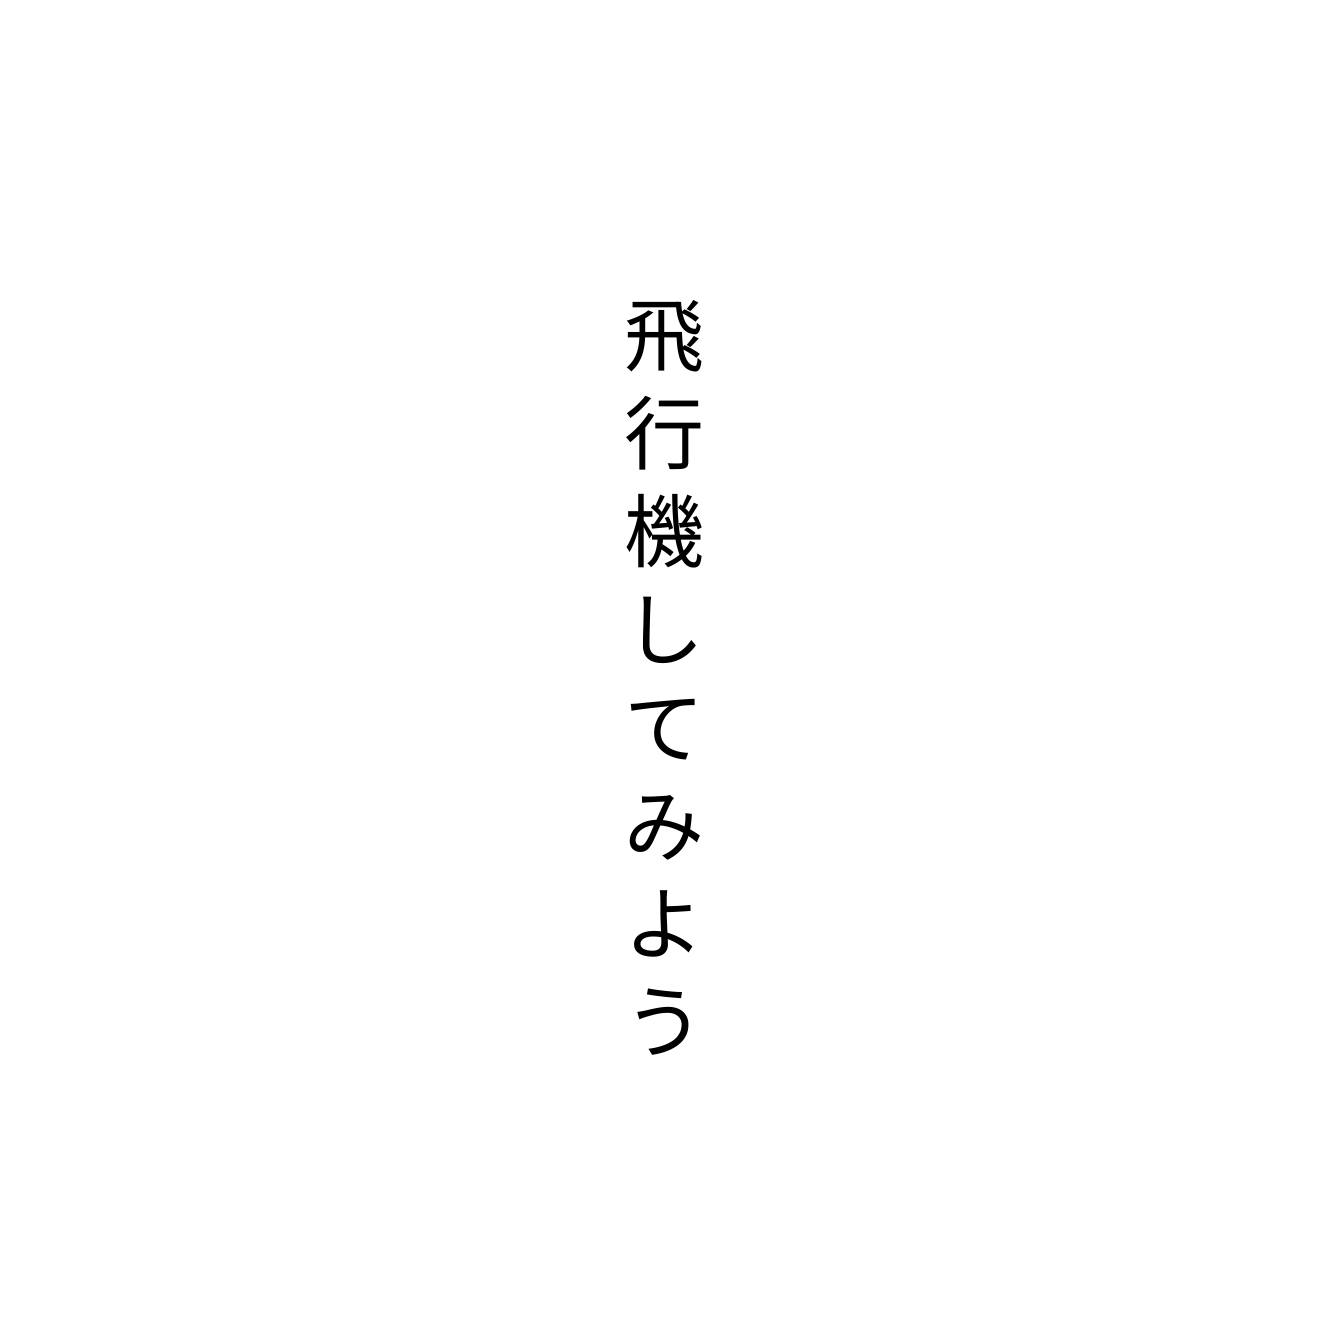
飛行機してみよう